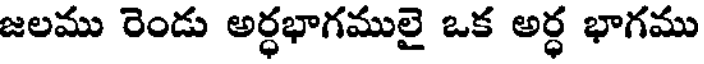
జలము రెండు అర్ధభాగములై ఒక అర్ధ భాగము